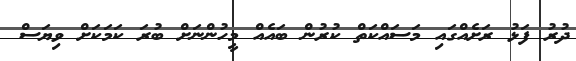
ދުރު ފަޅު ރަށެއްގައި މަސައްކަތް ކުރުން ބައެއް މީހުންނަށް ބުރަ ކަމަކަށް ވިޔަސް